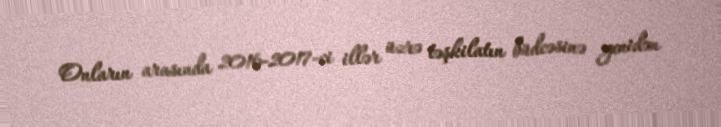
Onların arasında 2016-2017-ci illər üzrə təşkilatın büdcəsinə yenidən